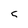
Character: 5